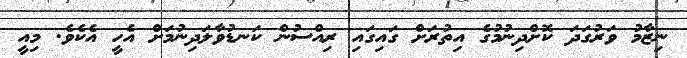
ނިޒާމު ވަރުގަދަ ކޮށްދިނުމުގެ އިތުރަށް ގައިގައި ރިއްސުން ކަނޑުވާލަދިނުމަށް އެހީ އެކެވެ. މިއީ